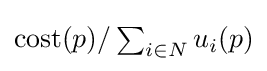
\mathrm {cost} (p)/\textstyle \sum _{i\in N}u_{i}(p)